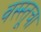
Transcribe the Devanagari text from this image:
वस्स्तूचा